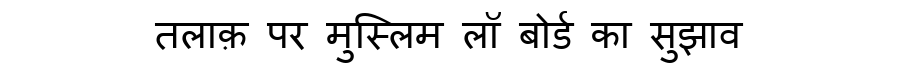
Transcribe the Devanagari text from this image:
तलाक़ पर मुस्लिम लॉ बोर्ड का सुझाव